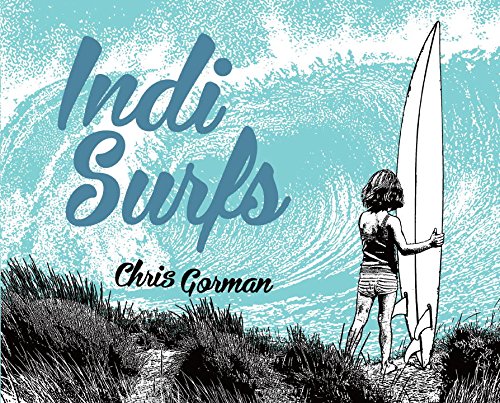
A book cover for Indi Surfs; Chris Gorman; Children's Books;